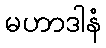
မဟာဒါနံ